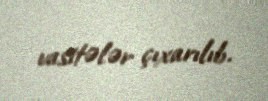
vasitələr çıxarılıb.